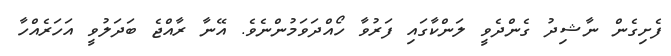
ފެށިގެން ނާޝިދު ގެންދެވީ ލަންކާގައި ފަރުވާ ހޯއްދަވަމުންނެވެ. އޭނާ ރާއްޖެ ބަދަލުވީ އަހަރެއްހާ